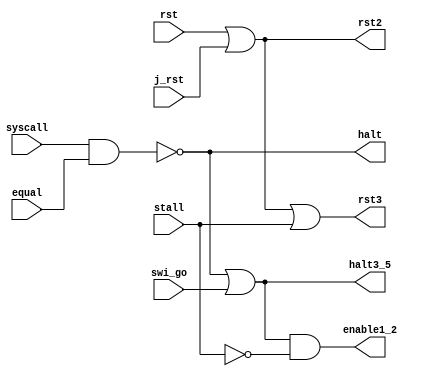
module halt(
	rst,halt,swi_go,
	stall,j_rst,
    syscall,equal,
    enable1_2,rst2,rst3,halt3_5
    );
	input rst,swi_go;
	input stall,j_rst,syscall;
	input equal;
	output halt,halt3_5;
	output enable1_2,rst2,rst3;
	assign halt = ~(syscall & equal );
	assign halt3_5 = halt | swi_go;
	assign rst2 = rst | j_rst;
	assign rst3 = rst | j_rst | stall;
	assign enable1_2 = halt3_5 & (~stall);
endmodule